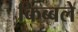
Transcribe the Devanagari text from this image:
किब्बले